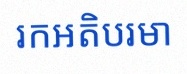
រកអតិបរមា